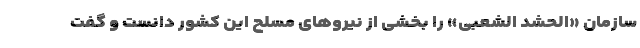
سازمان «الحشد الشعبی» را بخشی از نیروهای مسلح این کشور دانست و گفت